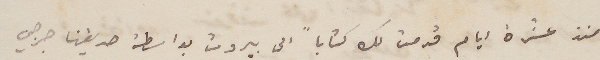
منذ عشرة ايام قدمت لك كتاباً الى بيروت بواسطة صديقنا جرجي